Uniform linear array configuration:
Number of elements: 16
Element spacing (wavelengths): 0.75
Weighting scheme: kaiser
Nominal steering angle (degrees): -45
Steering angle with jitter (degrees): -44.91
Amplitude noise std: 0.05
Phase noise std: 0.05

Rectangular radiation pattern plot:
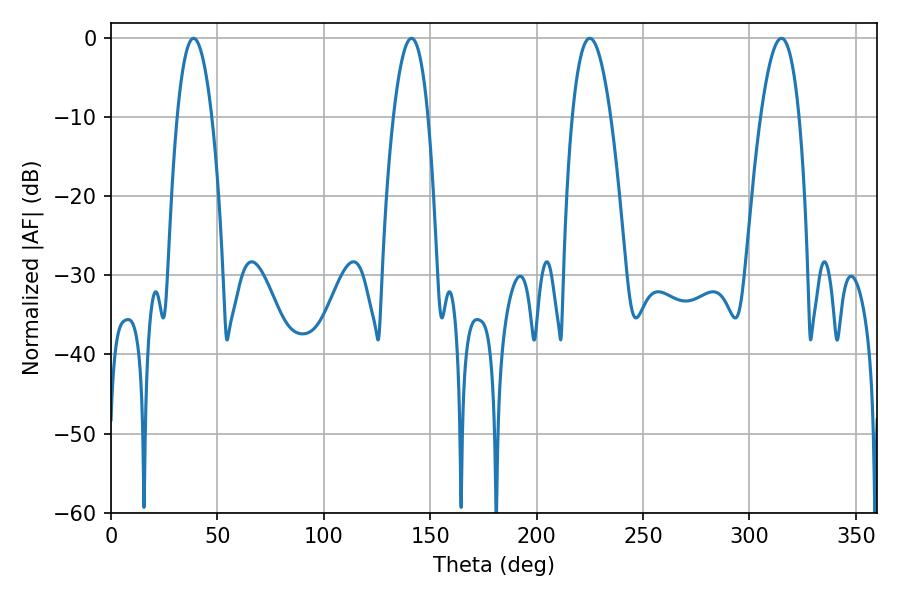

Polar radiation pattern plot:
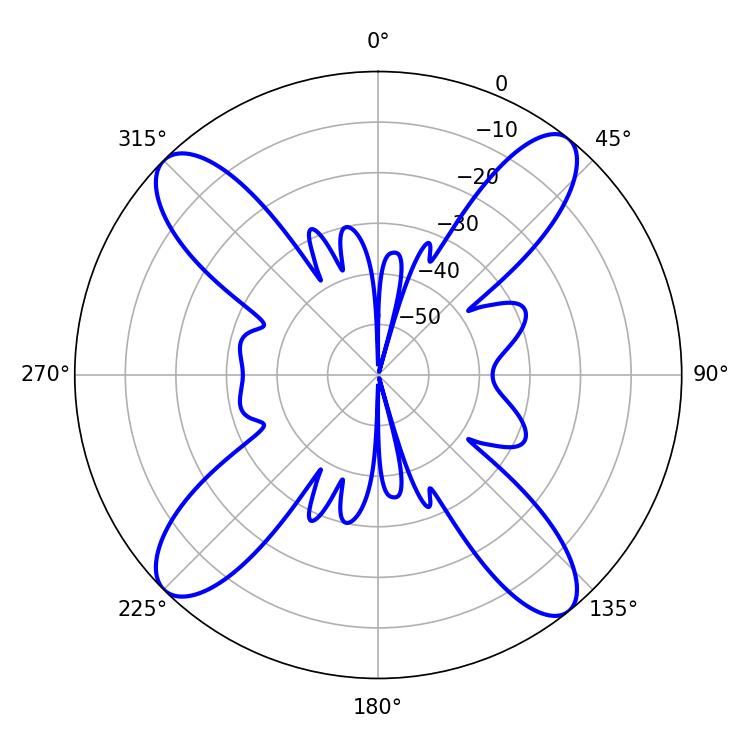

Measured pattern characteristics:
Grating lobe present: TRUE
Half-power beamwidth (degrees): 9.9
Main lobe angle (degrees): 225